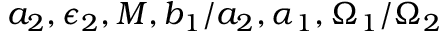
a _ { 2 } , \epsilon _ { 2 } , M , b _ { 1 } / a _ { 2 } , \alpha _ { 1 } , \Omega _ { 1 } / \Omega _ { 2 }